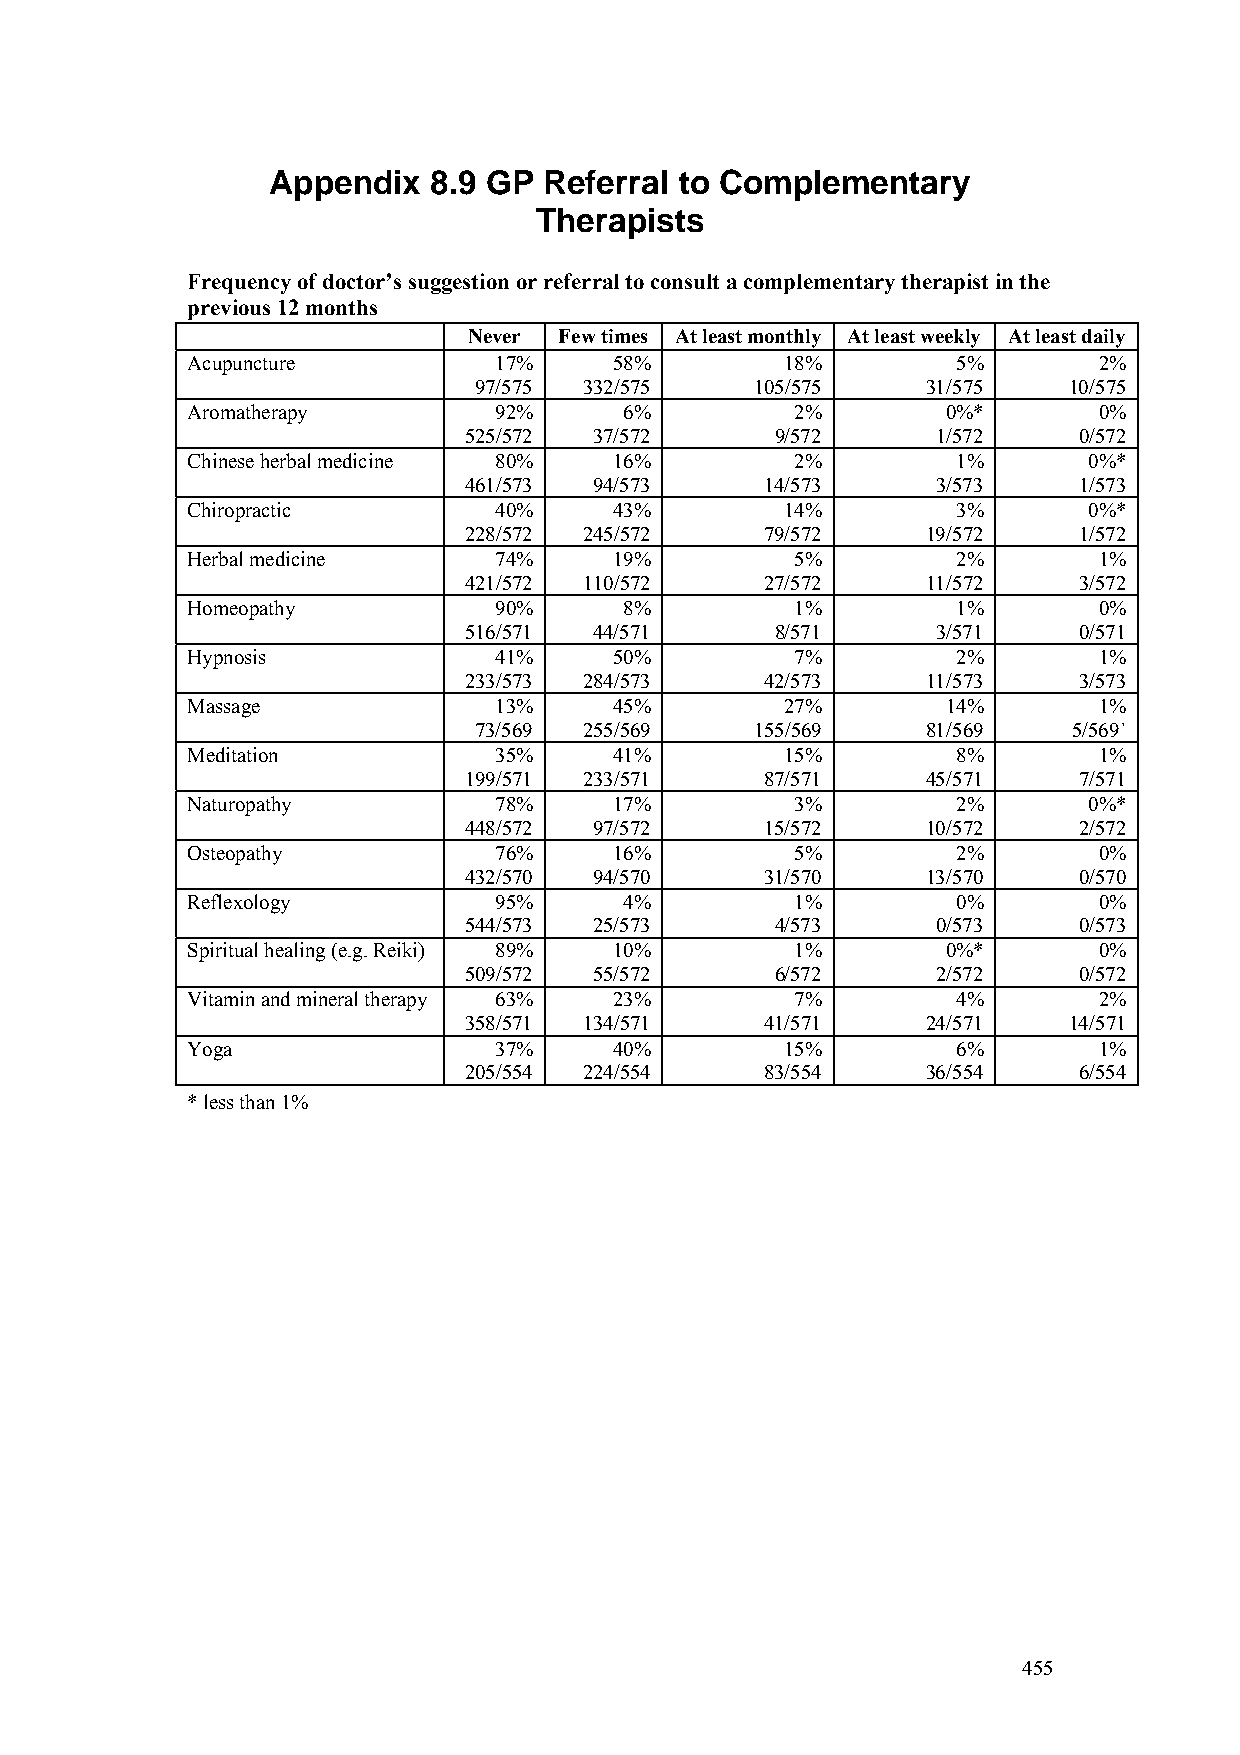
Appendix  8.9 GP  Referral to Complementary
 Therapists
 Frequency of doctor’s suggestion or referral to consult a complementary therapist in the
 previous 12 months
 Never Few times At least monthly At least weekly At least daily
 Acupuncture          17%     58%        18%        5%        2%
 97/575  332/575    105/575    31/575    10/575
 Aromatherapy         92%     6%          2%        0%*       0%
 525/572 37/572      9/572      1/572    0/572
 Chinese herbal medicine 80%  16%         2%        1%       0%*
 461/573 94/573      14/573     3/573    1/573
 Chiropractic         40%     43%        14%        3%       0%*
 228/572 245/572     79/572    19/572    1/572
 Herbal medicine      74%     19%         5%        2%        1%
 421/572 110/572     27/572    11/572    3/572
 Homeopathy           90%     8%          1%        1%        0%
 516/571 44/571      8/571      3/571    0/571
 Hypnosis             41%     50%         7%        2%        1%
 233/573 284/573     42/573    11/573    3/573
 Massage              13%     45%        27%        14%       1%
 73/569  255/569    155/569    81/569    5/569`
 Meditation           35%     41%        15%        8%        1%
 199/571 233/571     87/571    45/571    7/571
 Naturopathy          78%     17%         3%        2%       0%*
 448/572 97/572      15/572    10/572    2/572
 Osteopathy           76%     16%         5%        2%        0%
 432/570 94/570      31/570    13/570    0/570
 Reflexology          95%     4%          1%        0%        0%
 544/573 25/573      4/573      0/573    0/573
 Spiritual healing (e.g. Reiki) 89% 10%   1%        0%*       0%
 509/572 55/572      6/572      2/572    0/572
 Vitamin and mineral therapy 63% 23%      7%        4%        2%
 358/571 134/571     41/571    24/571    14/571
 Yoga                 37%     40%        15%        6%        1%
 205/554 224/554     83/554    36/554    6/554
 * less than 1%
 455